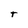
Character: t